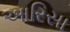
આરિસા